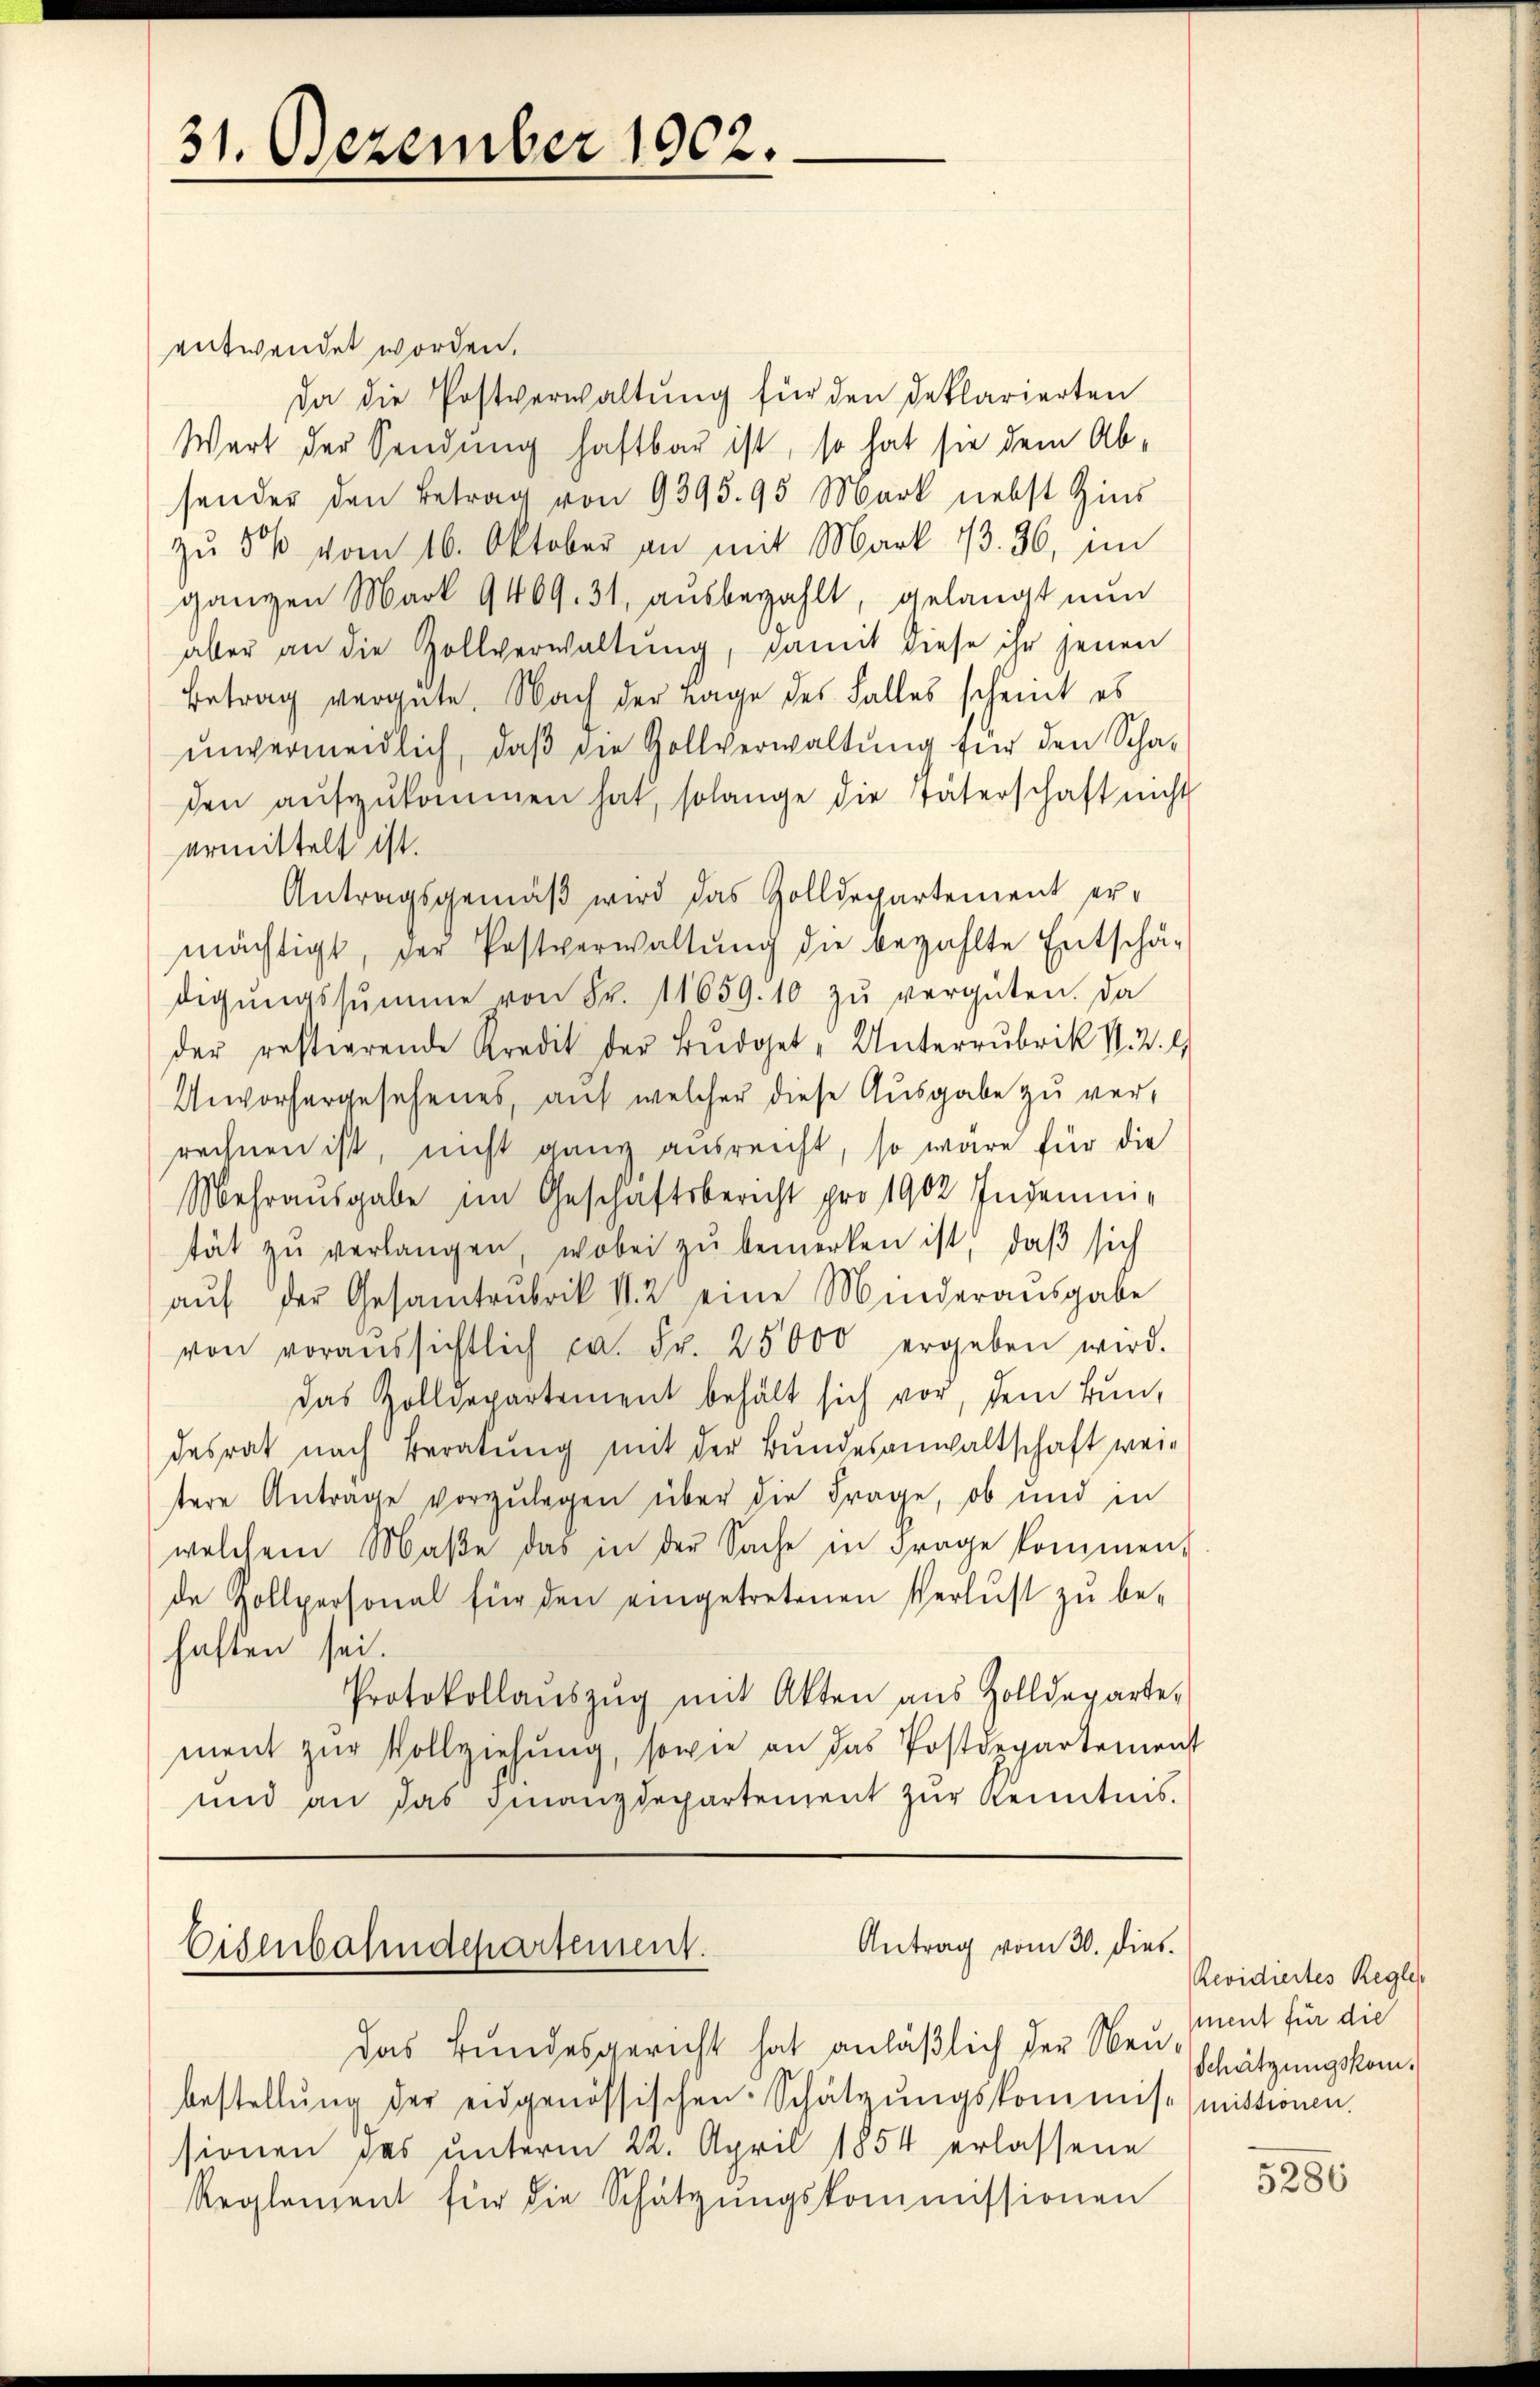
31. Dezember 1902.

entwendet worden.
Da die Postverwaltŭng für den deklarierten
Wert der Sendung haftbar ist, so hat sie dem Ab-
sonder den Betrag von 9395. 95 Mark nebst Zins
zŭ 5 % vom 16. Oktober an mit Mark 13. 36, im
ganzen Mark 9409. 31, ausbezahlt, gelangt nun
aber an die Zollverwaltung, damit diese ihr jenen
Betrag vergüte. Nach der Tage des Falles scheint es
unvermeidlich, daβ die Gollverwaltŭng für den Schaden aŭfzŭkommen hat, solange die Täterschaft nicht
ermittelt ist.
Antragsgemäβ wird das Zolldepartement ermächtigt, der Postverwaltŭng die bezahlte Entschä-
digŭngssumme von Fr. 11659. 10 zŭ vergüten. Da
der restierende Kredit der Bŭdget- Unterrubrik N. 2.
Anworhergesehenes, auf welcher diese Ausgabe zu ver-
rechnen ist, nicht ganz ausreicht, so wäre für die
Mehraŭsgabe im Geschäftsbericht pro 1902 Indemen-
tät zŭ verlangen, wobei zŭ bemerken ist, daβ sich
aŭf der Gesamtrubrik II. 2 eine Minderausgabe
von voraussichtlich ca. Fr. 25000 ergeben wird.
das Zolldepartement behält sich vor, dem tun,
desrat nach Beratung mit der Bundesanwaltschaft weitere Antrage vorzulegen über die Frage, ob und in
welchem Maβe das in der Sache in Frage kommen,
de Zollpersonal für den eingetretenen Verlust zŭ be-
haften sei.
Protokollaŭszŭg mit Akten aus Zolldeparte
ment zur Vollziehung, sowie an das Postdepartement
und an das Finanzdepartement zur Kenntnis.

Antrag vom 30. dies
Eisenbahndepartement.

das Bundesgericht hat anläßlich der Neu-
bestellŭng der eidgenössischen Schätzŭngskommis. (mistionen.
sionen das unterm 22. April 1854 erlassene
Reglement für die Schätzungskommissionen

Revidiertes Regle
ment für die
Schätzungskom¬

5286